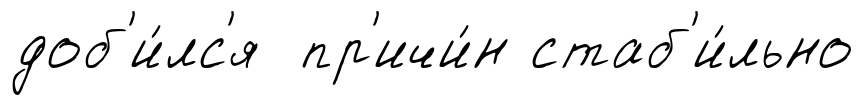
доб'и́лс'я пр'ичи́н стаб'и́льно